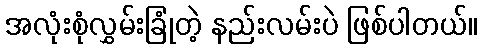
အလုံးစုံလွှမ်းခြုံတဲ့ နည်းလမ်းပဲ ဖြစ်ပါတယ်။